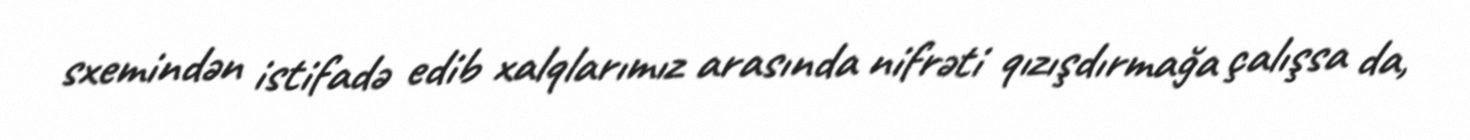
sxemindən istifadə edib xalqlarımız arasında nifrəti qızışdırmağa çalışsa da,